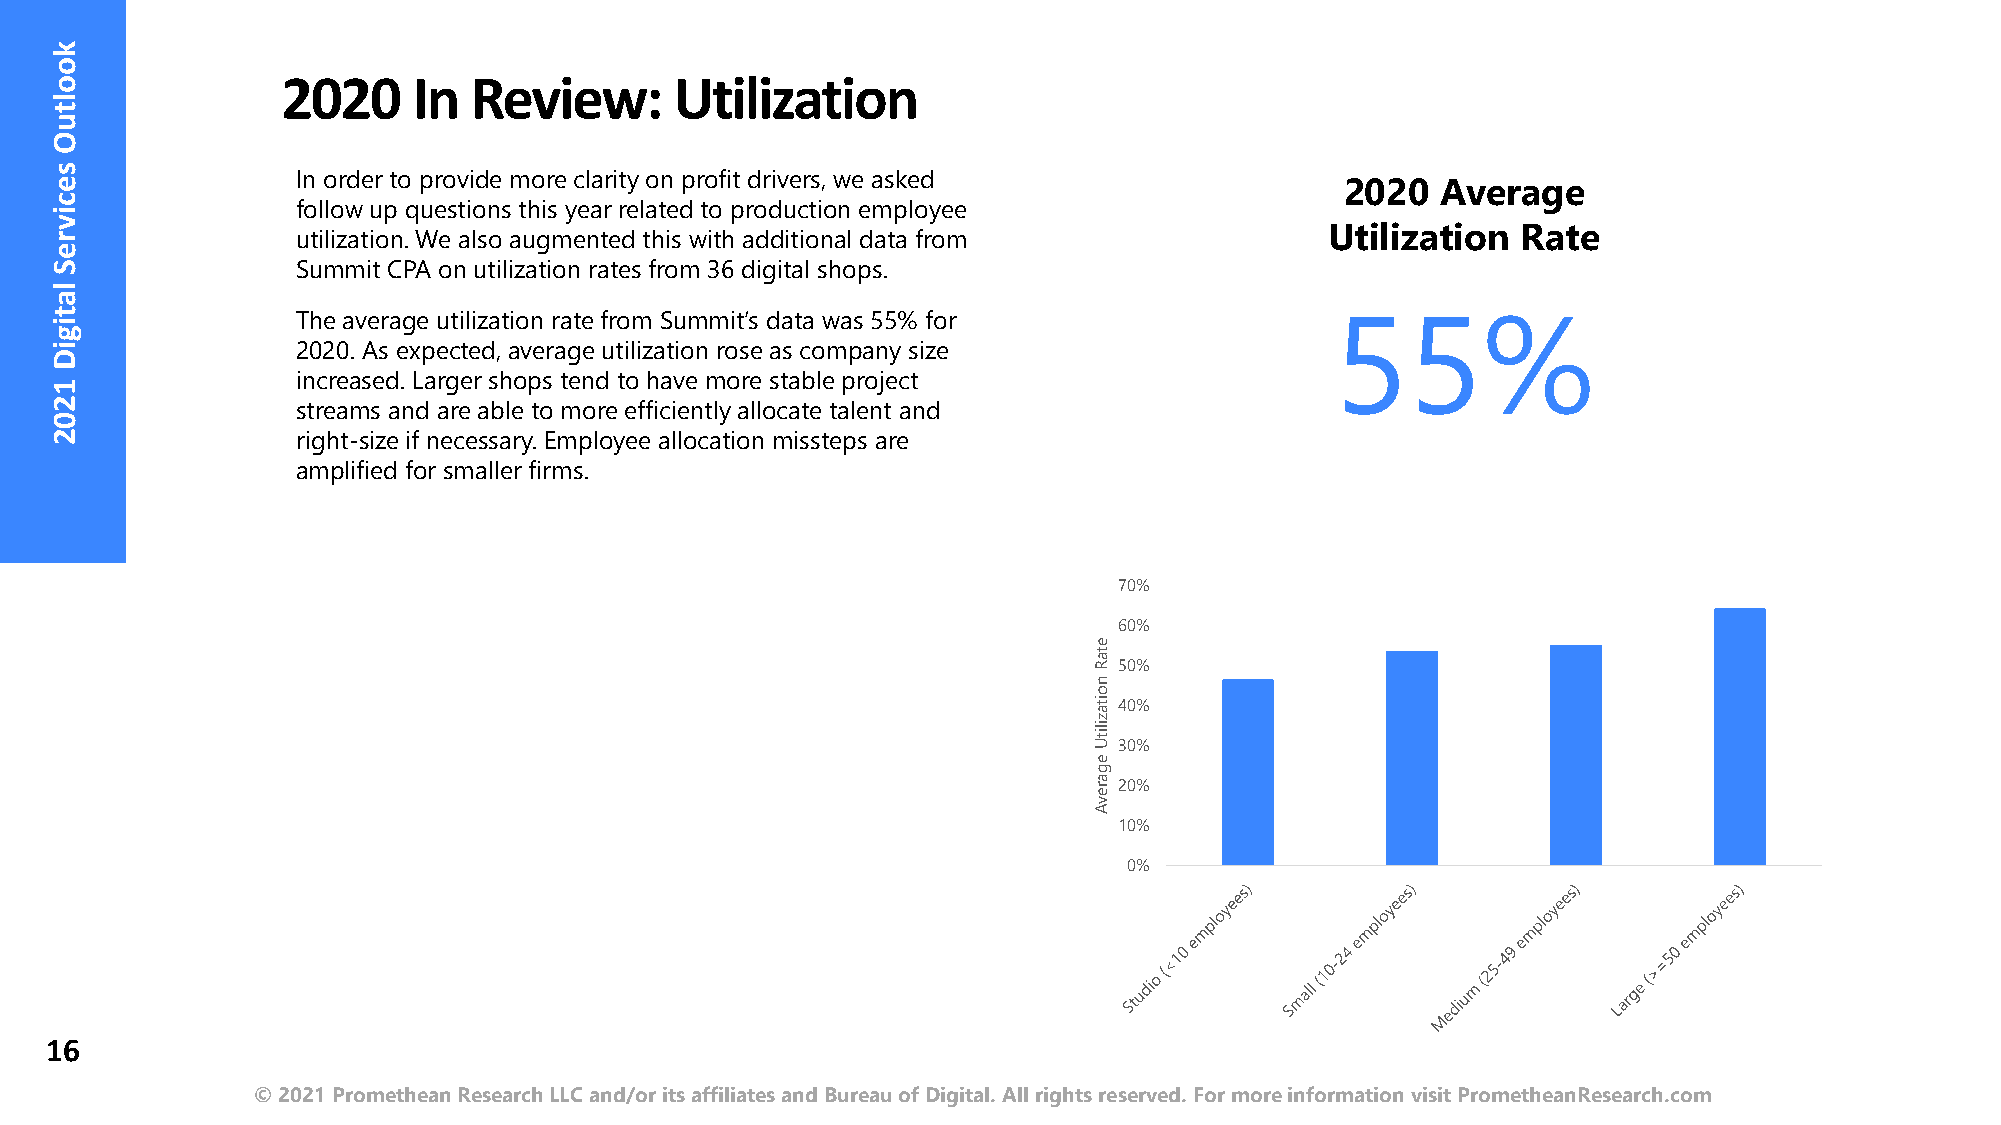
2020    In  Review:       Utilization
 In order to provide more clarity on profit drivers, we asked
 2020  Average
 follow up questions this year related to production employee
 utilization. We also augmented this with additional data from       Utilization  Rate
 Summit CPA on utilization rates from 36 digital shops.
 The average utilization rate from Summit’s data was 55% for
 55%
 2020. As expected, average utilization rose as company size
 increased. Larger shops tend to have more stable project
 streams and are able to more efficiently allocate talent and
 right-size if necessary. Employee allocation missteps are
 amplified for smaller firms.
 70%
 60%
 50%
 40%
 30%
 20%
 10%
 0%
 16
 © 2021 Promethean Research LLC and/or its affiliates and Bureau of Digital. All rights reserved. For more information visit PrometheanResearch.com
 kooltuO
 secivreS
 latigiD
 1202
 etaR
 noitazilitU
 egarevA